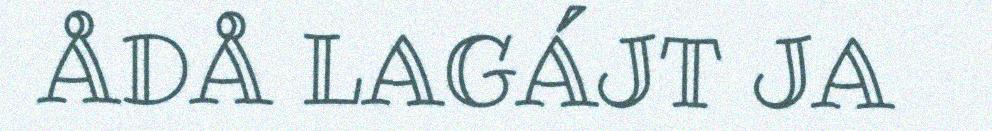
ÅDÅ LAGÁJT JA